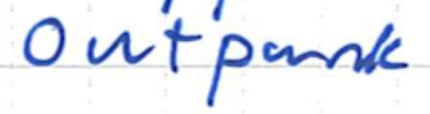
Text: Outpunk
Cross-out: clean
Writing tool: ballpoint